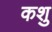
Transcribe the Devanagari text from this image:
कशु